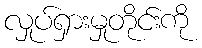
လှုပ်ရှားမှုတိုင်းကို